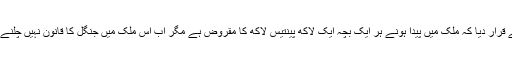
عدالت نے قرار دیا کہ ملک میں پیدا ہونے ہر ایک بچہ ایک لاکھ پینتیس لاکھ کا مقروض ہے مگر اب اس ملک میں جنگل کا قانون نہیں چلنے دیں گے۔